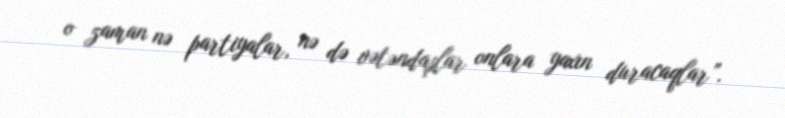
o zaman nə partiyalar, nə də vətəndaşlar onlara yaxın duracaqlar”.